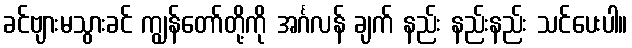
ခင်ဗျားမသွားခင် ကျွန်တော်တို့ကို အင်္ဂလန် ချက် နည်း နည်းနည်း သင်ပေးပါ။